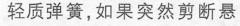
轻质弹簧，如果突然剪断悬